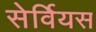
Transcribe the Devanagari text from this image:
सेर्वियस